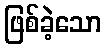
ဖြစ်ခဲ့သော